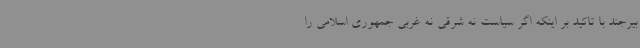
بیرجند با تاکید بر اینکه اگر سیاست نه شرقی نه غربی جمهوری اسلامی را